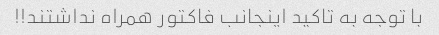
با توجه به تاکید اینجانب فاکتور همراه نداشتند!!